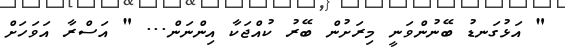
" އަޅުގަނޑު ބޭނުންވަނީ މިރަށުން ބޭރު ކުއްޖަކާ އިންނަން... " އަސްރާ އަވަހަށް